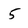
Character: 5